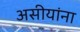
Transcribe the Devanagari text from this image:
असीयांना